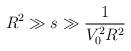
LaTeX: \begin{align*}R^{2}\gg s\gg \frac{1}{V_{0}^{2}R^{2}} \end{align*}